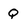
Character: Q